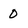
Character: 0